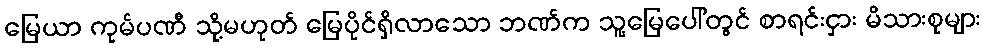
မြေယာ ကုမ်ပဏီ သို့မဟုတ် မြေပိုင်ရှိလာသော ဘဏ်က သူ့မြေပေါ်တွင် စာရင်းငှား မိသားစုများ